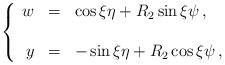
LaTeX: \begin{align*}\left\{ \begin{array}{rcl}w & = & \cos{\xi}\eta +R_{2}\sin{\xi} \psi\, ,\\& & \\y & = & -\sin{\xi}\eta +R_{2}\cos{\xi}\psi\, ,\\ \end{array}\right.\end{align*}